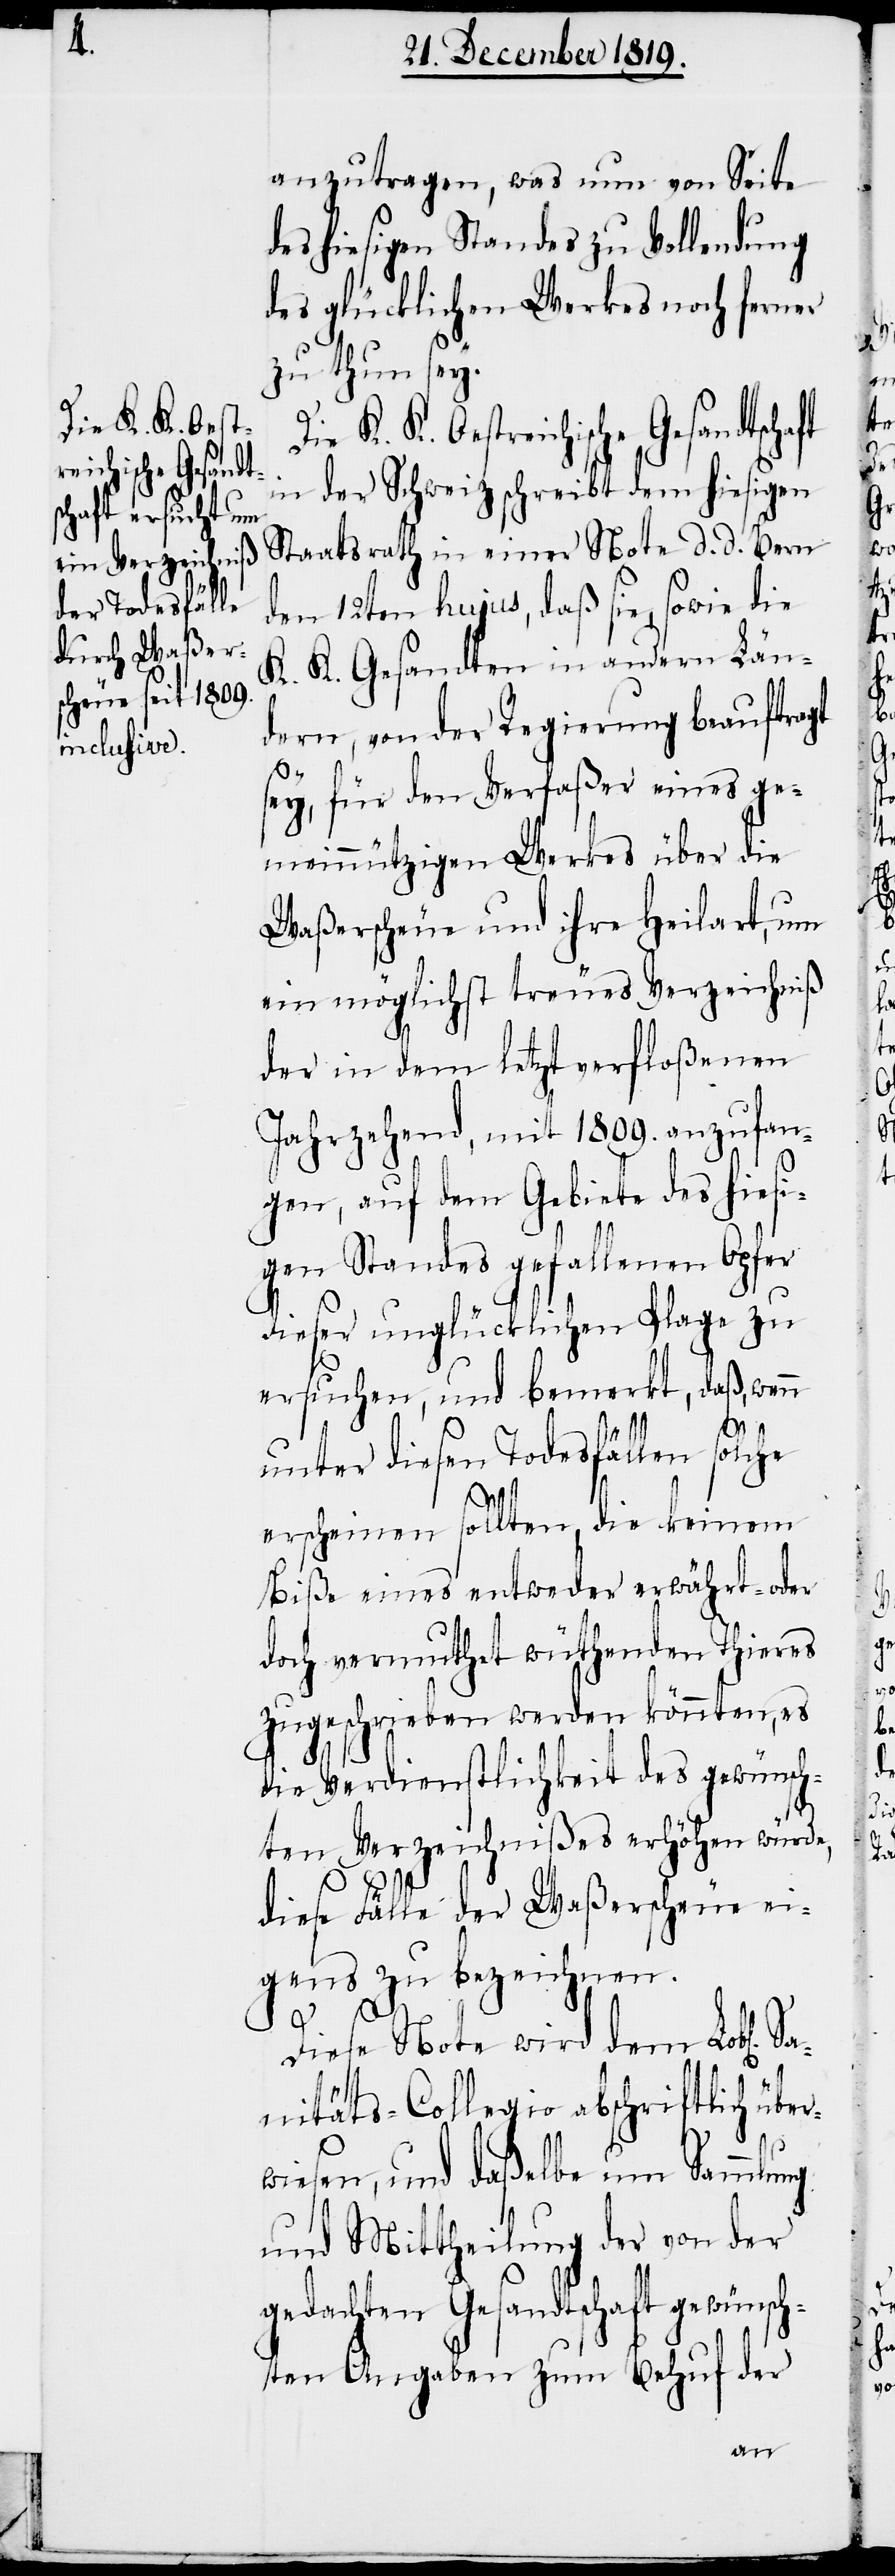
Die K. K. Oest¬
reichische Gesandts¬

anzutragen, was nun von Seite
des hiesigen Standes zu Vollendung
des glücklichen Werkes noch ferner
zu thun sey.
in der Schweiz schreibt dem hiesigen
Staatsrath in einer Note d. d. Bern
den 12ten hujus, daß sie, sowie die
K. K. Gesandten in andern Län¬
dern, von der Regierung beauftragt
sey, für den Verfaßer eines ge¬
meinnützigen Werkes über die
Waßerscheue und ihre Heilart, um
ein möglichst treues Verzeichniß
der in dem letzt verfloßenen
Jahrzehend, mit 1809. anzufan¬
gen, auf dem Gebiete des hiesi¬
gen Standes gefallenen Opfer
dieser unglücklichen Plage zu
ersuchen, und bemerkt, daß, wenn
unter diesen Todesfällen solche
er¬
erscheinen sollten, die keinem
Biße eines entweder erwährt- oder
doch vermuthet wüthenden Thieres
zugeschrieben werden könnten, es
die Verdienstlichkeit des gewünsch¬
ten Verzeichnißes erhöhen würde,
diese Fälle der Waßerscheue ei¬
gens zu bezeichnen.
Diese Note wird dem Lobl[ich¬
nitäts-Collegio abschriftlich üb¬
wiesen, und daßelbe um Sammlung
und Mittheilung der von der
gedachten Gesandtschaft gewünsch¬
ten Angaben zum Behuf der